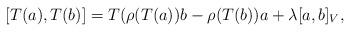
LaTeX: \begin{align*} &[T(a),T(b)]=T(\rho(T(a))b-\rho(T(b))a+\lambda[a,b]_V, \end{align*}